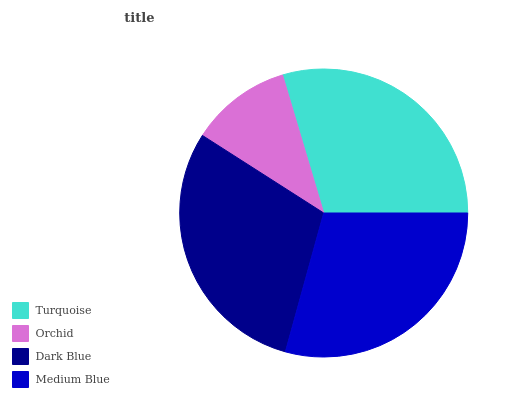
| Turquoise | Orchid | Dark Blue | Medium Blue |
 | --- | --- | --- | --- |
 | 29.6% | 11.3% | 29.8% | 29.3% |